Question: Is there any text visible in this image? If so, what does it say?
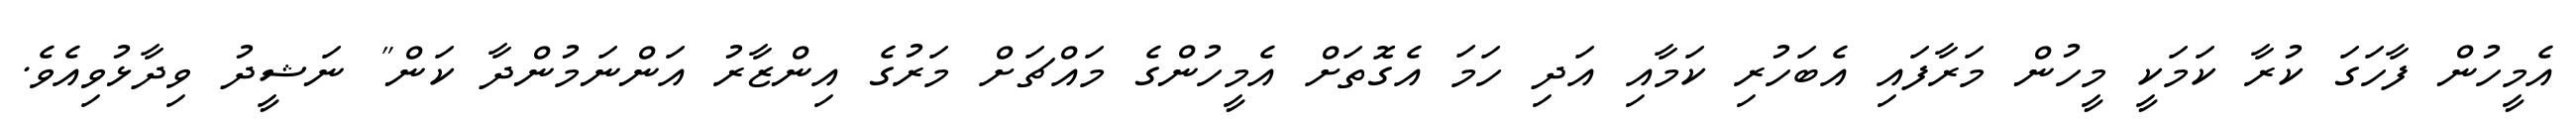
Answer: އެމީހުން ފާހަގަ ކުރާ ކަމަކީ މީހުން މަރާފައި އެބަހުރި ކަމާއި އަދި ހަމަ އެގޮތަށް އެމީހުންގެ މައްޗަށް މަރުގެ އިންޒާރު އަންނަމުންދާ ކަން" ނަޝީދު ވިދާޅުވިއެވެ.